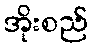
အိုးစည်